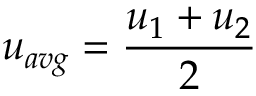
u _ { a v g } = \frac { u _ { 1 } + u _ { 2 } } { 2 }